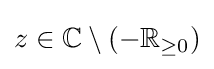
z\in \mathbb {C} \setminus \left(-\mathbb {R} _{\geq 0}\right)